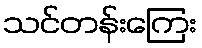
သင်တန်းကြေး